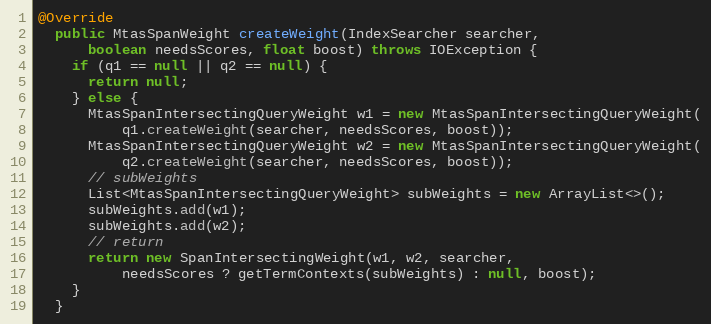
Language: Java
@Override
  public MtasSpanWeight createWeight(IndexSearcher searcher,
      boolean needsScores, float boost) throws IOException {
    if (q1 == null || q2 == null) {
      return null;
    } else {
      MtasSpanIntersectingQueryWeight w1 = new MtasSpanIntersectingQueryWeight(
          q1.createWeight(searcher, needsScores, boost));
      MtasSpanIntersectingQueryWeight w2 = new MtasSpanIntersectingQueryWeight(
          q2.createWeight(searcher, needsScores, boost));
      // subWeights
      List<MtasSpanIntersectingQueryWeight> subWeights = new ArrayList<>();
      subWeights.add(w1);
      subWeights.add(w2);
      // return
      return new SpanIntersectingWeight(w1, w2, searcher,
          needsScores ? getTermContexts(subWeights) : null, boost);
    }
  }